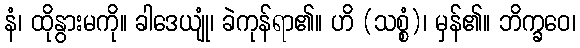
နံ၊ ထိုနွားမကို။ ခါဒေယျုံ၊ ခဲကုန်ရာ၏။ ဟိ (သစ္စံ)၊ မှန်၏။ ဘိက္ခဝေ၊